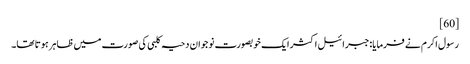
[60]
رسول اکرم نے فرمایا:جبرائیل اکثر ایک خوبصورت نوجوان دحیہ کلبی کی صورت میں ظاہر ہوتا تھا۔